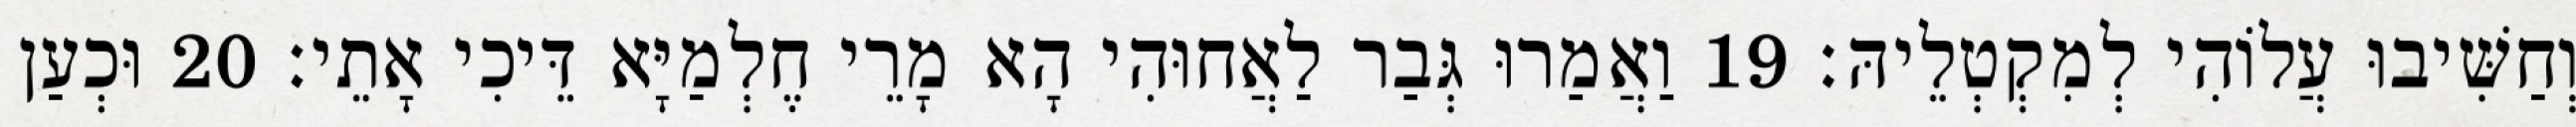
וְחַשִּׁיבוּ עֲלוֹהִי לְמִקְטְלֵיהּ׃ 19 וַאֲמַרוּ גְּבַר לַאֲחוּהִי הָא מָרֵי חֶלְמַיָּא דֵּיכִי אָתֵי׃ 20 וּכְעַן